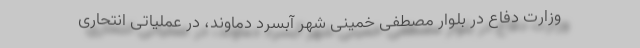
وزارت دفاع در بلوار مصطفی خمینی شهر آبسرد دماوند، در عملیاتی انتحاری